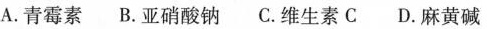
A.青霉素B.亚硝酸钠C.维生素C D.麻黄碱